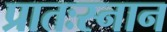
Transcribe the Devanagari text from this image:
प्रातःस्नान